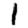
Digit: 1